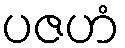
ပဇဟံ